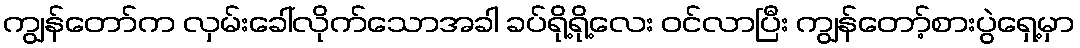
ကျွန်တော်က လှမ်းခေါ်လိုက်သောအခါ ခပ်ရို့ရို့လေး ဝင်လာပြီး ကျွန်တော့်စားပွဲရှေ့မှာ